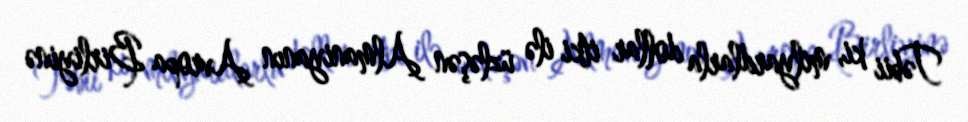
Təbii ki, milyardlarla dollar itki ilə üzləşən Almaniyanın Avropa Birliyinə